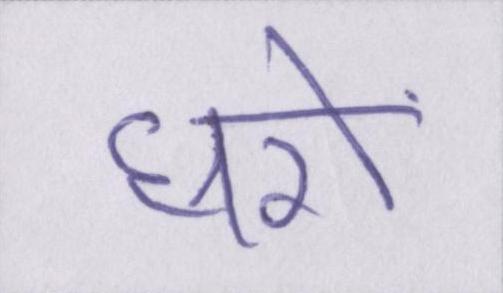
घरों